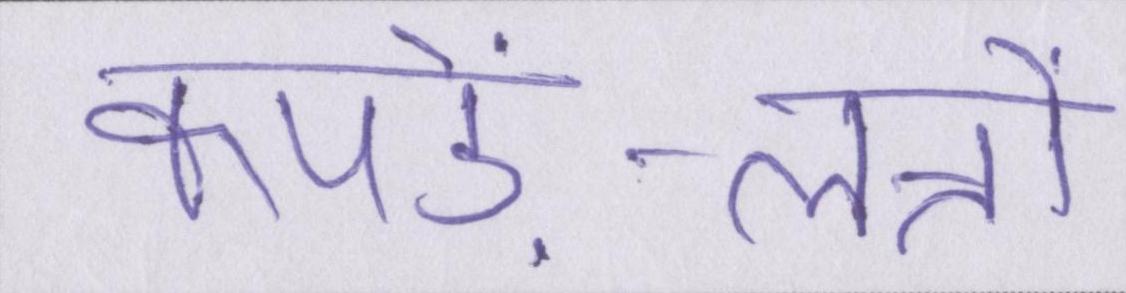
कपड़े-लत्तों